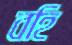
বহি